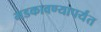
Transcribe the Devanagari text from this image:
भडकावण्यापर्यंत